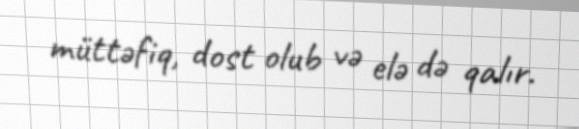
müttəfiq, dost olub və elə də qalır.